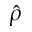
\hat { \rho }